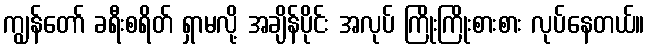
ကျွန်တော် ခရီးစရိတ် ရှာမလို့ အချိန်ပိုင်း အလုပ် ကြိုးကြိုးစားစား လုပ်နေတယ်။